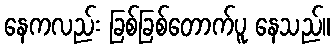
နေကလည်း ခြစ်ခြစ်တောက်ပူ နေသည်။